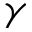
\gamma